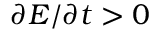
\partial E / \partial t > 0